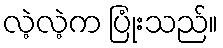
လဲ့လဲ့က ပြုံးသည်။